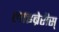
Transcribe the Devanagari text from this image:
लाइब्रेरीस्